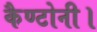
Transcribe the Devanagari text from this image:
कैण्टोनी।